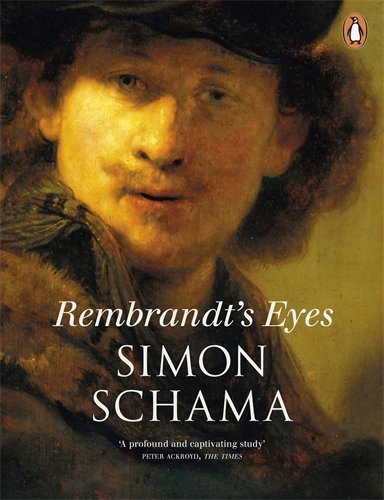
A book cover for Rembrandt's Eyes; Simon Schama; Biographies & Memoirs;